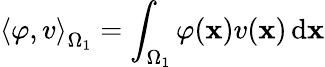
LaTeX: \left\langle\varphi,v\right\rangle_{\Omega_{1}}=\int_{\Omega_{1}}\varphi(\mathbf{x})v(\mathbf{x})\, \mathrm{d}\mathbf{x}